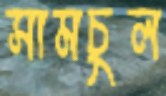
সামচুল